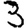
Digit: 3